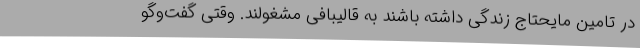
در تامین مایحتاج زندگی داشته باشند به قالیبافی مشغولند. وقتی گفت‌وگو